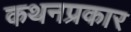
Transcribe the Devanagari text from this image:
कथनप्रकार